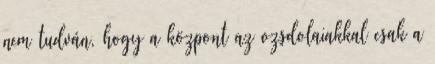
nem tudván, hogy a központ az ozsdolaiakkal csak a